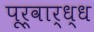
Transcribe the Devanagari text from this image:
पूर्वार्ध्ध